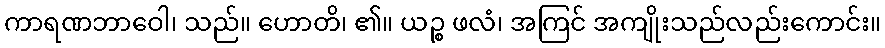
ကာရဏဘာဝေါ၊ သည်။ ဟောတိ၊ ၏။ ယဉ္စ ဖလံ၊ အကြင် အကျိုးသည်လည်းကောင်း။